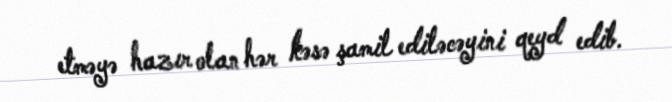
etməyə hazır olan hər kəsə şamil ediləcəyini qeyd edib.